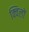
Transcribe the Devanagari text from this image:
क्विलों